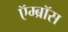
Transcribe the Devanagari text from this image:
ऍम्ब्रॉस